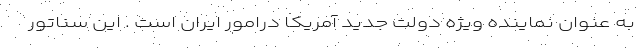
به عنوان نماینده ویژه دولت جدید آمریکا درامور ایران است . این سناتور